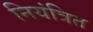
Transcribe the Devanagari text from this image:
नियंत्रित